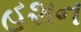
હશન